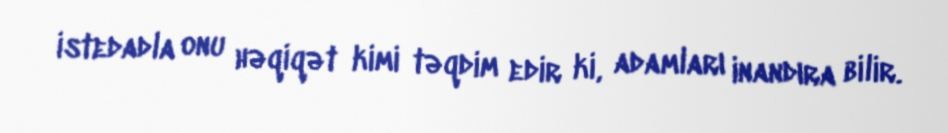
istedadla onu həqiqət kimi təqdim edir ki, adamları inandıra bilir.